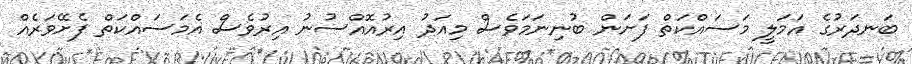
ބަނދަރުގެ އަމަލީ މަސައްކަތް ފަށަން ބުނިނަމަވެސް މިއަދު އިރުއޮއްސުނު އިރުވެސް އެމަސައްކަތް ފެށޭވަރެއް